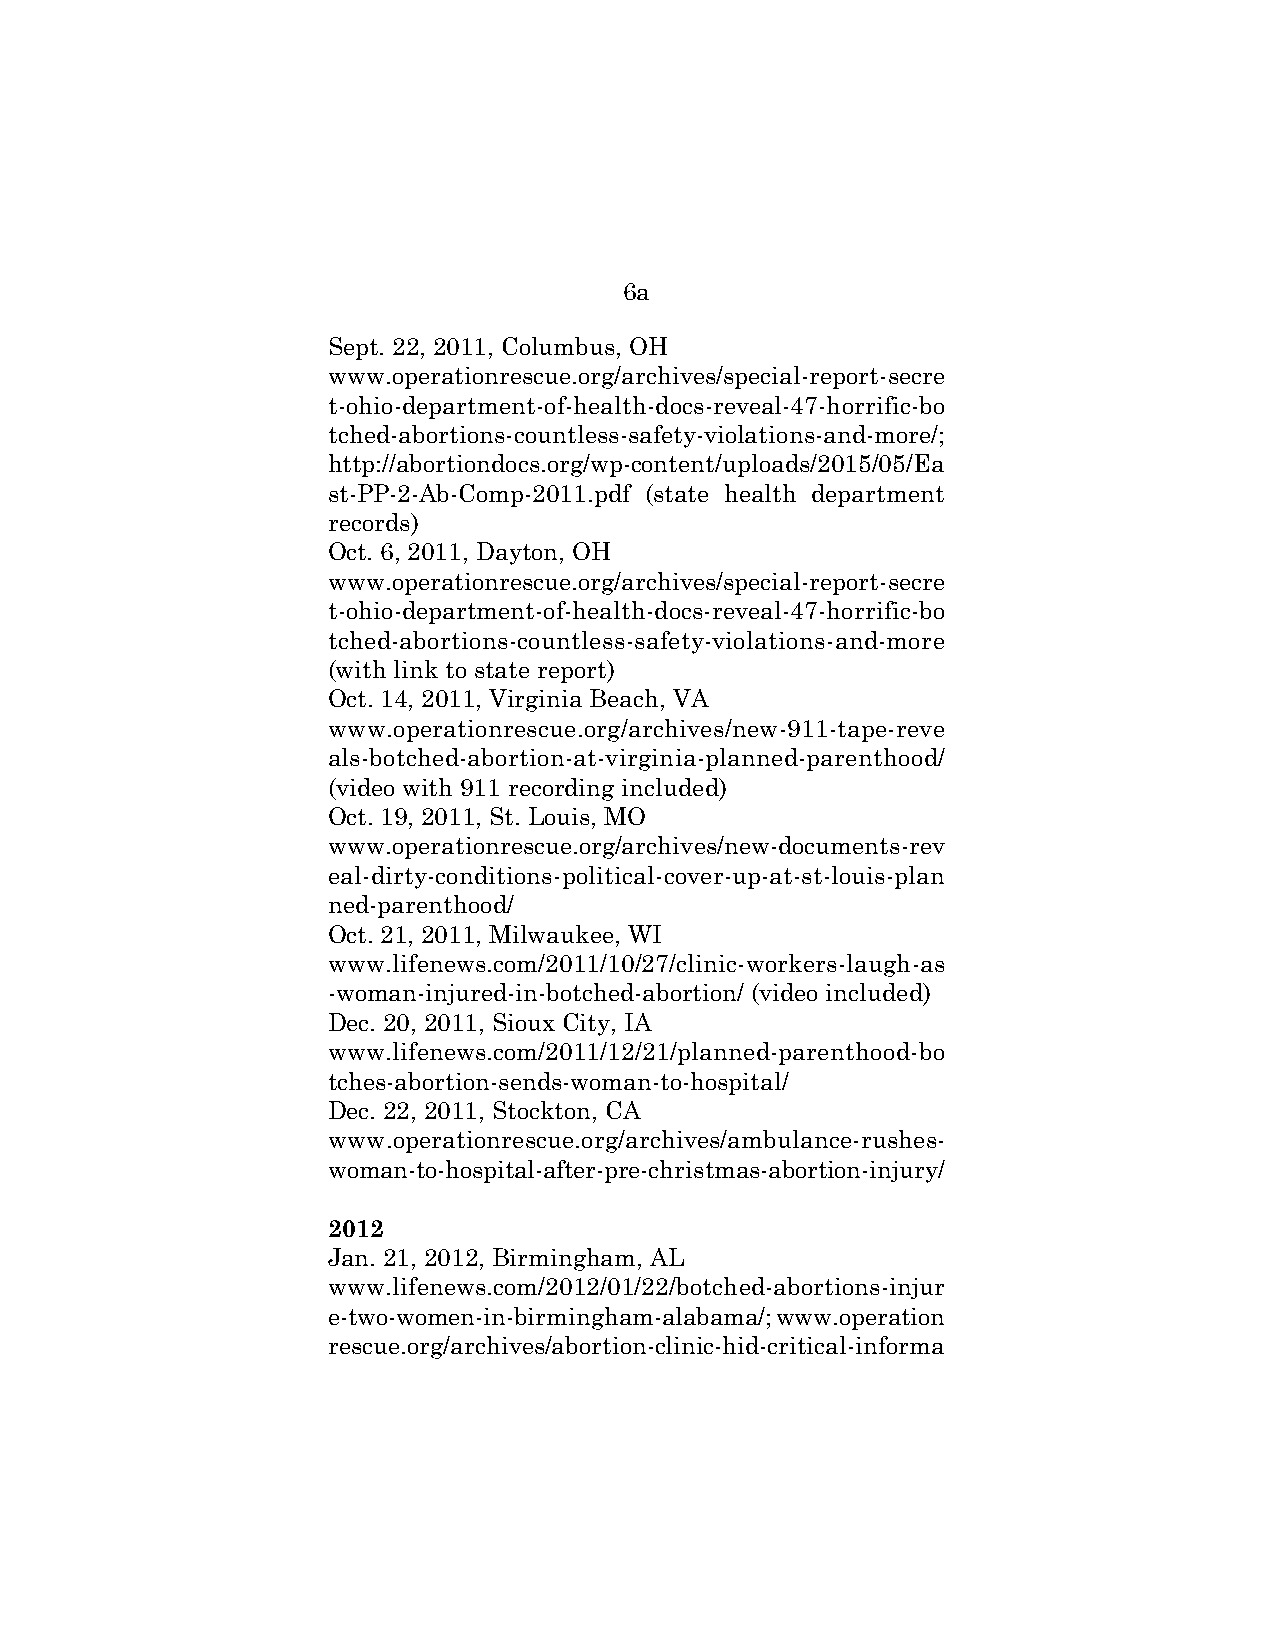
6a
 Sept. 22, 2011, Columbus, OH
 www.operationrescue.org/archives/special-report-secre
 t-ohio-department-of-health-docs-reveal-47-horrific-bo
 tched-abortions-countless-safety-violations-and-more/;
 http://abortiondocs.org/wp-content/uploads/2015/05/Ea
 st-PP-2-Ab-Comp-2011.pdf (state health department
 records)
 Oct. 6, 2011, Dayton, OH
 www.operationrescue.org/archives/special-report-secre
 t-ohio-department-of-health-docs-reveal-47-horrific-bo
 tched-abortions-countless-safety-violations-and-more
 (with link to state report)
 Oct. 14, 2011, Virginia Beach, VA
 www.operationrescue.org/archives/new-911-tape-reve
 als-botched-abortion-at-virginia-planned-parenthood/
 (video with 911 recording included)
 Oct. 19, 2011, St. Louis, MO
 www.operationrescue.org/archives/new-documents-rev
 eal-dirty-conditions-political-cover-up-at-st-louis-plan
 ned-parenthood/
 Oct. 21, 2011, Milwaukee, WI
 www.lifenews.com/2011/10/27/clinic-workers-laugh-as
 -woman-injured-in-botched-abortion/ (video included)
 Dec. 20, 2011, Sioux City, IA
 www.lifenews.com/2011/12/21/planned-parenthood-bo
 tches-abortion-sends-woman-to-hospital/
 Dec. 22, 2011, Stockton, CA
 www.operationrescue.org/archives/ambulance-rushes-
 woman-to-hospital-after-pre-christmas-abortion-injury/
 2012
 Jan. 21, 2012, Birmingham, AL
 www.lifenews.com/2012/01/22/botched-abortions-injur
 e-two-women-in-birmingham-alabama/; www.operation
 rescue.org/archives/abortion-clinic-hid-critical-informa